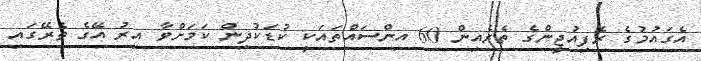
އެގައުމުގެ ރެފިއުޖީންގެ ތެރެއިން 60 އިންސައްތައަކީ ކުޑަކުދިން ކަމަށްވާ އިރު އޭގެ ތެރޭގައި